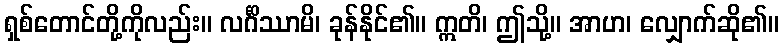
ရှစ်တောင်တို့ကိုလည်း။ လင်္ဂိဿာမိ၊ ခုန်နိုင်၏။ ဣတိ၊ ဤသို့။ အာဟ၊ လျှောက်ဆို၏။